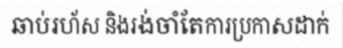
ឆាប់រហ័ស និងរង់ចាំតែការប្រកាសដាក់